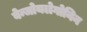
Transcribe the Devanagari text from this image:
बेन्जोयलेगोनिन